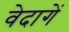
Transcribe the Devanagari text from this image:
वेदागें